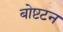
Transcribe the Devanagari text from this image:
बोष्टटन